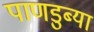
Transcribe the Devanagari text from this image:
पाणडुब्या